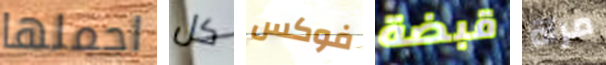
احملها كل فوكس قبضة مرآة